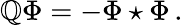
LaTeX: \mathbb{Q}\Phi=-\Phi\star\Phi\, .